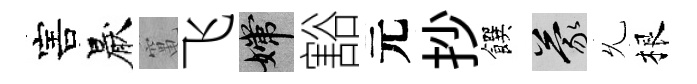
害厭𥧄飞嫦豁元抄饌蒙𠃔根